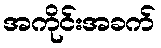
အကိုင်းအခက်